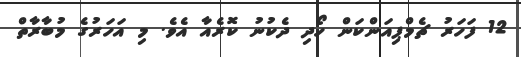
12 ފަހަރު ޗެމްޕިއަންކަން ހޯދި ދެކުނު ކޮރެއާ އެވެ. މި އަހަރުގެ މުބާރާތް